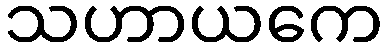
သဟာယကေ